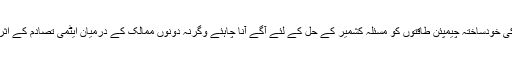
عالمی برادری بالخصوص انسانی حقوق کی خودساختہ چیمپئن طاقتوں کو مسئلہ کشمیر کے حل کے لئے آگے آنا چاہئے وگرنہ دونوں ممالک کے درمیان ایٹمی تصادم کے اثرات سے وہ بھی محفوظ نہ رہ سکیں گے۔